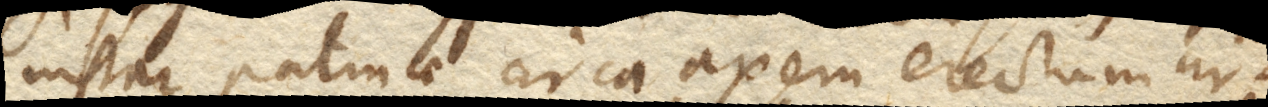
instar patinae circa axem erectum cir–